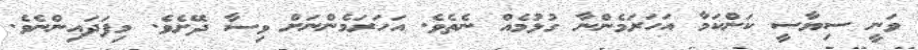
ވަނީ ސިޔާސީ ކަންކަމާ އަހަރަމެންނާ ގުޅުމެއް ނެތެވެ. އަހަރަމެންނަށް ވިސާ ދޭށެވެ. މިފަދައިންނެވެ.